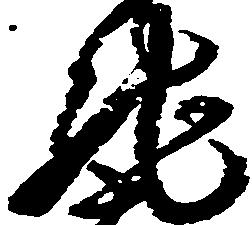
馳